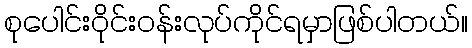
စုပေါင်းဝိုင်းဝန်းလုပ်ကိုင်ရမှာဖြစ်ပါတယ်။